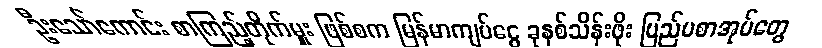
ဦးသော်ကောင်း စာကြည့်တိုက်မှူး ဖြစ်စက မြန်မာကျပ်ငွေ ခုနစ်သိန်းဖိုး ပြည်ပစာအုပ်တွေ